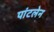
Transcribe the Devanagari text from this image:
पांटलेन